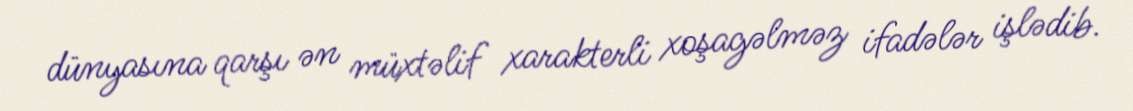
dünyasına qarşı ən müxtəlif xarakterli xoşagəlməz ifadələr işlədib.